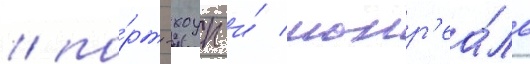
/ по́рт-хоуп и́ монр'еа́ль